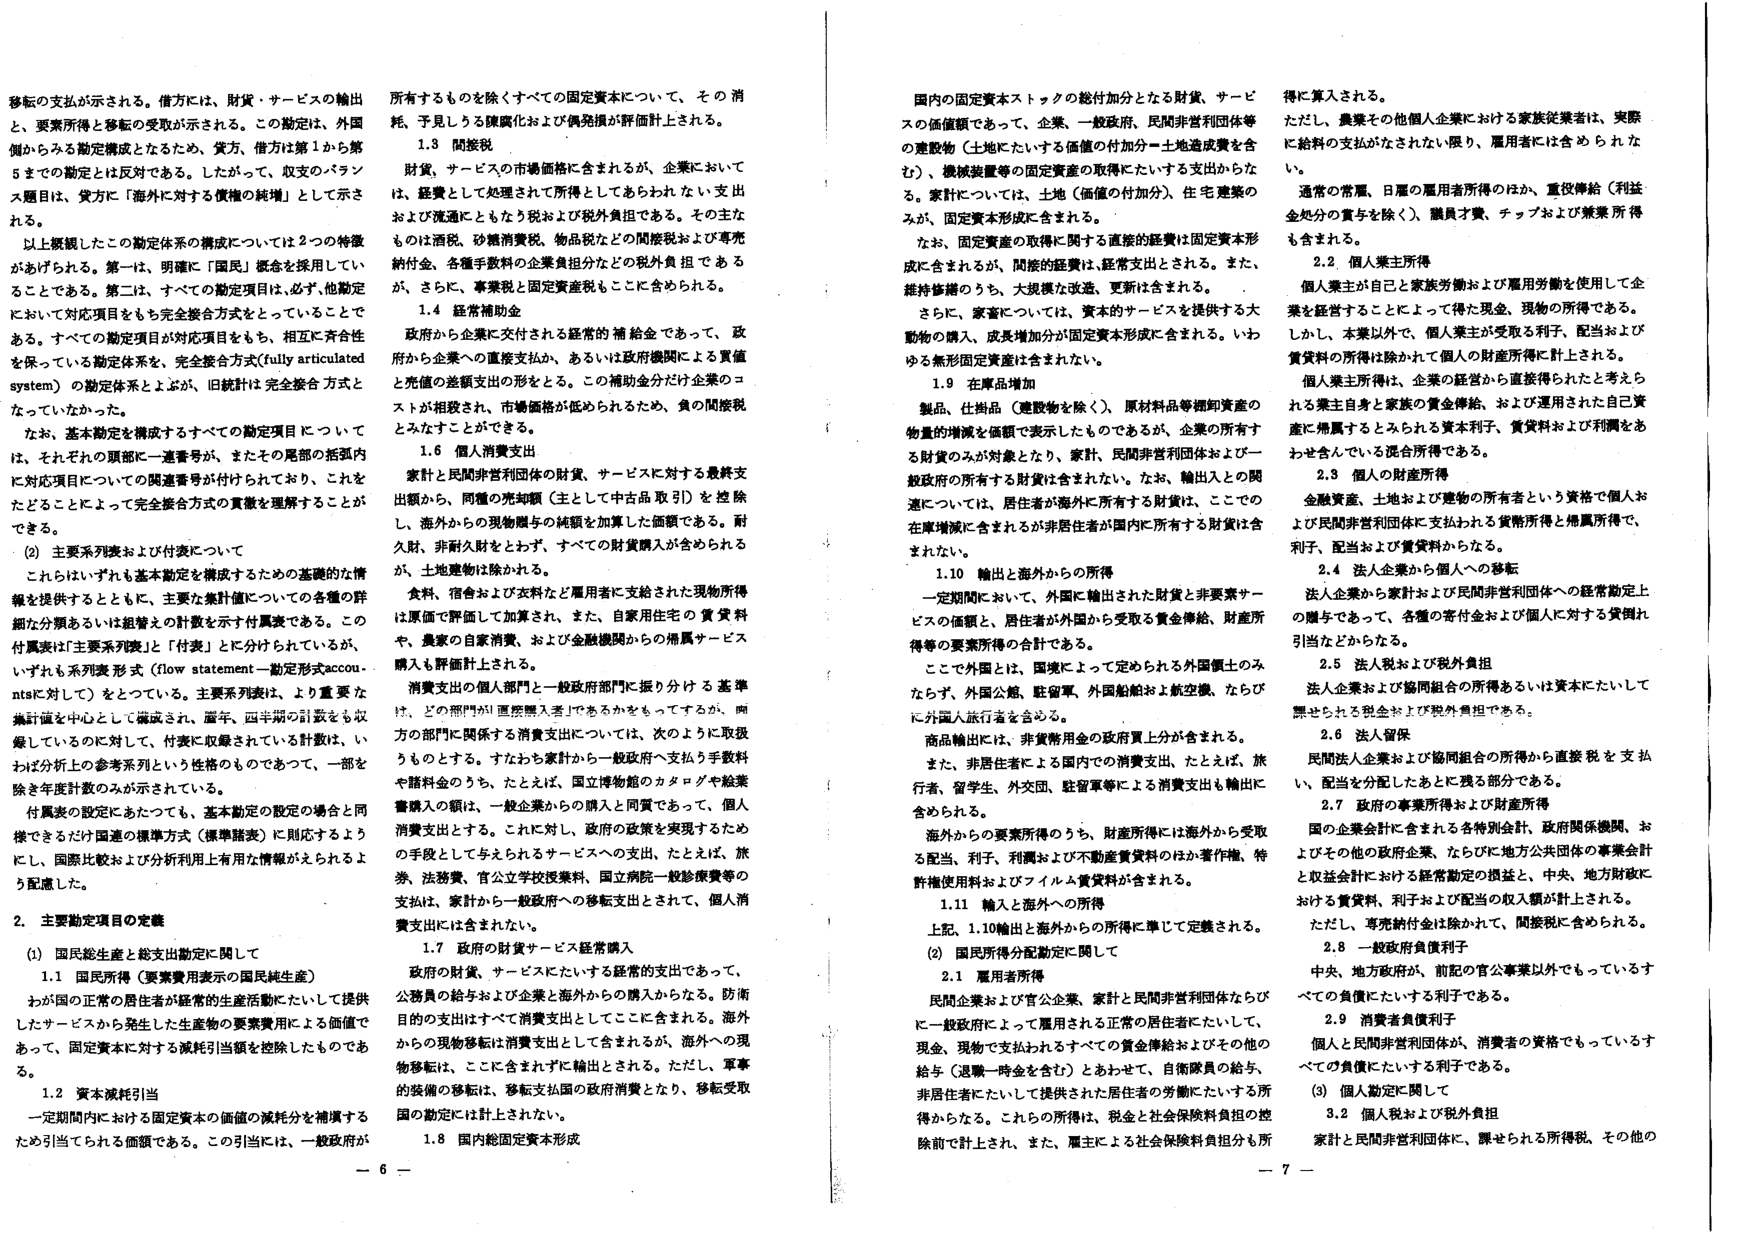
移転の支払が示される。借方には、財貨・サービスの輸出と、要素所得と移転の受取が示される。この勘定は、外国側からみる勘定構成となるため、貸方、借方は第1から第5までの勘定とは反対である。したがって、収支のバランス題目は、貸方に「海外に対する債権の純増」として示される。

以上概観したこの勘定体系の構成については2つの特徴が挙げられる。第一は、明確に「国民」概念を採用していることである。第二は、すべての勘定項目は、必ず、他勘定において対応項目をもつ完全接合方式をとっていることである。すべての勘定項目が対応項目をもち、相互に斉合性を保っている勘定体系を、完全接合方式（fully articulated system）の勘定体系とよぶが、旧統計は完全接合方式となっていなかった。

なお、基本勘定を構成するすべての勘定項目については、それぞれの頭部に一連番号が、またその尾部の括弧内に対応項目についての関連番号が付されており、これをたどることによって完全接合方式の真髄を理解することができる。

(2) 主要系列表および付表について

これらはいずれも基本勘定を構成するための基礎的な情報を提供するとともに、主要な集計値についての各種の詳細な分類あるいは組替えの計数を示す付表である。この付表は「主要系列表」と「付表」に区分けられているが、いずれも系列表形式（flow statement－勘定形式accounts）に対して）をとっている。主要系列表は、より重要な集計値を中心として構成され、暦年、四半期の計数をも収録しているのに対して、付表に収録されている計数は、いわば分析上の参考系列という性格のものであって、一部を除き年度計数のみが示されている。

付表の設定にあたっても、基本勘定の設定の場合と同様できるだけ国連の標準方式（標準諸表）に則応するように、国際比較および分析利用上有用な情報がえられるよう配慮した。

2. 主要勘定項目の定義

(1) 国民総生産と総支出勘定に関して

1.1 国民所得（要素費用表示の国民純生産）

わが国の正常の居住者が経常的生産活動にたいして提供したサービスから発生した生産物の要素費用による価値であって、固定資本に対する減耗引当額を控除したものである。

1.2 資本減耗引当

一定期間内における固定資本の価値の減耗分を補填するため引当てられる価額である。この引当には、一般政府が所有するものを除くすべての固定資本について、その消耗、予見しうる陳腐化および偶発損が評価計上される。

1.3 間接税

財貨、サービスの市場価格に含まれるが、企業においては、経費として処理されて所得としてあらわれない支出および流通にともなう税および税外負担である。その主なものは酒税、砂糖消費税、物品税などの間接税および専売納付金、各種手数料の企業負担分などの税外負担であるが、さらに、事業税と固定資産税もここに含められる。

1.4 経常補助金

政府から企業に交付される経常的補給金であって、政府から企業への直接支払か、あるいは政府機関による買戻と売価の差額支出の形をとる。この補助金分だけ企業のコストが相殺され、市場価格が低められるため、負の間接税とみなすことができる。

1.6 個人消費支出

家計と民間非営利団体の財貨、サービスに対する最終支出額から、同種の売却額（主として中古品取引）を控除し、海外からの現物贈与の純額を加算した価額である。耐久財、非耐久財をとわず、すべての財貨購入が含められるが、土地建物は除かれる。

食料、宿舎および衣料など雇用者に支給された現物所得は原価で評価して加算され、また、自家用住宅の賃貸料や、農家の自家消費、および金融機関からの帰属サービス購入も評価計上される。

消費支出の個人部門と一般政府部門に振り分ける基準は、どの部門が「直接購入者」であるかをもってするが、両方の部門に関する消費支出については、次のように取扱うものとする。すなわち家計から一般政府へ支払う手数料や諸料金のうち、たとえば、国立博物館のカタログや給業書購入の額は、一般企業からの購入と同質であって、個人消費支出とする。これに対し、政府の政策を実現するための手段として与えられるサービスへの支出、たとえば、旅券、法務費、官公立学校授業料、国立病院一般診療費等の支出は、家計から一般政府への移転支出とされて、個人消費支出には含まれない。

1.7 政府の財貨サービス経常購入

政府の財貨、サービスにたいする経常的支出であって、公務員の給与および企業と海外からの購入からなる。防衛目的の支出はすべて消費支出としてここに含まれる。海外からの現物移転は消費支出として含まれるが、海外への現物移転は、ここに含まれずに輸出とされる。ただし、軍事的装備の移転は、移転支払国の政府消費となり、移転受取国の勘定には計上されない。

1.8 国内総固定資本形成

国内の固定資本ストックの総付加分となる財貨、サービスの価値額であって、企業、一般政府、民間非営利団体等の建造物（土地にたいする価値の付加分－土地造成費を含む）、機械装置等の固定資産の取得にたいする支出からなる。家計については、土地（価値の付加分）、住宅建築のみが、固定資本形成に含まれる。

なお、固定資産の取得に関する直接的経費は固定資本形成に含まれるが、間接的経費は、経常支出とされる。また、維持修繕のうち、大規模な改造、更新は含まれる。

さらに、家畜については、資本的サービスを提供する大動物の購入、成長増加分が固定資本形成に含まれる。いわゆる無形固定資産は含まれない。

1.9 在庫増加

製品、仕掛品（建設物を除く）、原材料品等棚卸資産の物量的増減を価額で表示したものであるが、企業の所有する財貨のみが対象となり、家計、民間非営利団体および一般政府の所有する財貨は含まれない。なお、輸出入との関連については、居住者が海外に所有する財貨は、ここでの在庫増減に含まれるが非居住者が国内に所有する財貨は含まれない。

1.10 輸出と海外からの所得

一定期間において、外国に輸出された財貨と非要素サービスの価額と、居住者が外国から受取る賃金俸給、財産所得等の要素所得の合計である。

ここで外国とは、国境によって定められる外国領土のみならず、外国公館、駐留軍、外国船舶および航空機、ならびに外国人旅行者を含む。

商品輸出には、非貨幣用金の政府買上分が含まれる。

また、非居住者による国内での消費支出、たとえば、旅行者、留学生、外交団、駐留軍等による消費支出も輸出に含まれられる。

海外からの要素所得のうち、財産所得には海外から受取る配当、利子、利潤および不動産賃貸料のほか著作権、特許権使用料およびフィルム賃貸料が含まれる。

1.11 輸入と海外への所得

上記、1.10輸出と海外からの所得に準じて定義される。

2. 国民所得分配勘定に関して

2.1 雇用者所得

民間企業および官公企業、家計と民間非営利団体ならびに一般政府によって雇用される正常の居住者にたいして、現金、現物で支払われるすべての賃金俸給およびその他の給与（退職一時金を含む）とあわせて、自衛隊員の給与、非居住者にたいして提供された居住者の労働にたいする所得からなる。これらの所得は、税金と社会保障料負担の控除前で計上され、また、雇主による社会保障料負担も所得に算入される。

ただし、農業その他の個人企業における家族従業者は、実際に給料の支払がなされない限り、雇用者には含められない。

通常の常雇、日雇の雇用者所得のほか、重役俸給（利益金処分の賞与を除く）、職員手当、チップおよび兼業所得も含まれる。

2.2 個人業主所得

個人業主が自己と家族労働および雇用労働を使用して企業を経営することによって得た現金、現物の所得である。しかし、本業以外で、個人業主が受取る利子、配当および賃貸料の所得は除かれて個人の財産所得に計上される。

個人業主所得は、企業の経営から直接得られたと考えられる業主自身と家族の賃金俸給、および運用された自己資産に帰属するとみられる資本利子、賃貸料および利潤をあわせたものである。

2.3 個人の財産所得

金融資産、土地および建物の所有者という資格で個人および民間非営利団体に支払われる貨幣所得と帰属所得で、利子、配当および賃貸料からなる。

2.4 法人企業から個人への移転

法人企業から家計および民間非営利団体への経常勘定上の贈与であって、各種の寄付金および個人に対する貸倒れ引当などからなる。

2.5 法人税および税外負担

法人企業および協同組合の所得あるいは資本にたいして課せられる税金および税外負担である。

2.6 法人留保

民間法人企業および協同組合の所得から直接税を支払い、配当を分配したあとに残る部分である。

2.7 政府の事業所得および財産所得

国の企業会計に含まれる各特別会計、政府関係機関、およびその他の政府企業、ならびに地方公共団体の事業会計と収益会計における経常勘定の損益と、中央、地方財政における賃貸料、利子および配当の収入額が計上される。

ただし、専売納付金は除かれて、間接税に含められる。

2.8 一般政府負債利子

中央、地方政府が、前記の官公事業以外でもっているすべての負債にたいする利子である。

2.9 消費者負債利子

個人と民間非営利団体が、消費者の資格でもっているすべての負債にたいする利子である。

(3) 個人勘定に関して

3.2 個人税および税外負担

家計と民間非営利団体に、課せられる所得税、その他の

－ 6 －
－ 7 －